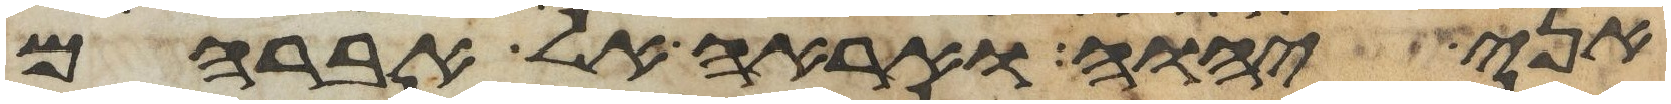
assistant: אני יהוה ואראה אל אברהם